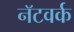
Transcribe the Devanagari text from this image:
नॅटवर्क